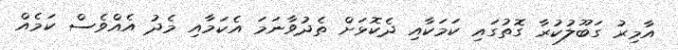
އާމިރު ގަބޫލުކުރާ ގޮތުގައި ކަމަކާއި ދެކޮޅަށް ތެދުވާނަމަ އެކަމާއި މެދު އެއްވެސް ކަމެއް